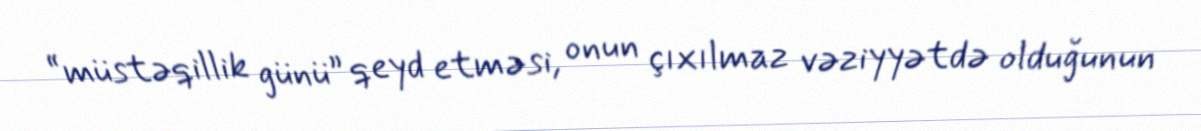
“müstəqillik günü” qeyd etməsi, onun çıxılmaz vəziyyətdə olduğunun